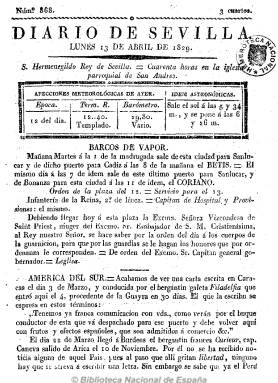
Título: Diario de Sevilla (Sevilla. 1826)
Colección: Periódicos anteriores a 1850
Ámbito geográfico: Sevilla
Lugar de publicación: Sevilla
Fechas: 13/04/1829-18/09/1829

Comenzó a publicarse el uno de diciembre de 1826 y todavía aparecía en febrero de 1831. En su cabecera estampa el lema “Terra dabit merces, undaque divitias”. De cuatro páginas por número y frecuencia diaria, comenzaba con el santo del día, el jubileo y las afecciones meteorológicas y astronómicas, así como con la orden de la plaza y la sección Barco de vapor, en la que daba información del movimiento portuario. Ofrecía noticias del reino, del extranjero (tanto de Europa como de América), así como locales referidas a las funciones religiosas, los espectáculos (toros, teatro, etc.), los precios de los productos agrarios en la Real Alhóndiga, artículos de oficio (reales decretos, etc.) curiosidades, anuncios, composiciones en verso, etc.

Estampado “con licencia” por la Imprenta de María del Carmen Padrino, su carácter es noticioso, abundando la información de carácter religioso o económico y siendo ajeno a las cuestiones políticas, siendo uno de los contados periódicos que son autorizados durante la denominada Década Ominosa (1823-1833).

No debe ser confundido con el otro cotidiano que en la misma época también es autorizado a imprimirse en la capital hispalense: Diario de Sevilla de comercio, artes y literatura (1829-1856).